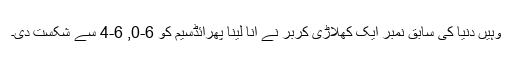
وہیں دنیا کی سابق نمبر ایک کھلاڑی کربر نے انا لینا پھرائڈسیم کو 6-0, 6-4 سے شکست دی۔